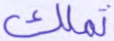
تملك